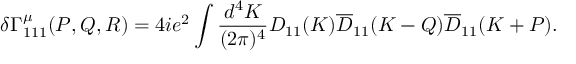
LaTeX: \delta \Gamma _ { 1 1 1 } ^ { \mu } ( P , Q , R ) = 4 i e ^ { 2 } \int \frac { d ^ { 4 } K } { ( 2 \pi ) ^ { 4 } } { D } _ { 1 1 } ( K ) \overline { { { D } } } _ { 1 1 } ( K - Q ) \overline { { { D } } } _ { 1 1 } ( K + P ) .